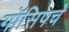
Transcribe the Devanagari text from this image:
गॉसिपचे